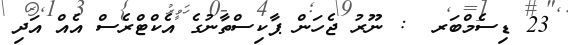
23 ޑިސެމްބަރ  : ނޫރު ޖެހަން ޕާކިސްތާނުގެ އެކްޓްރެސް އެއް އަދި